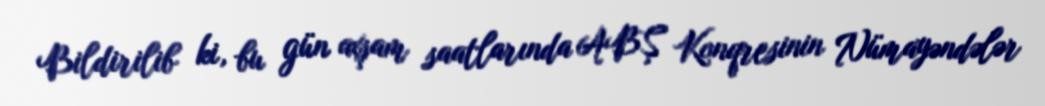
Bildirilib ki, bu gün axşam saatlarında ABŞ Konqresinin Nümayəndələr